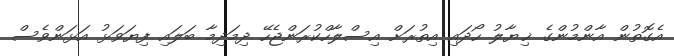
އެގޮތުން އާންމުންގެ ޚިޔާލު ހޯދައި އިތުރަށް އިސްލާހްކުރަންޖެހޭ ދިމަދިމާ ބަލައި ފިޔަވަޅު އަޅަންވެސް